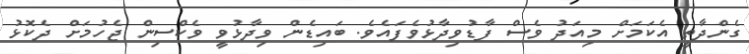
ގެންދާތީ އެކަމަށް މިއަދު ވެސް ފާޑުވިދާޅުވެފައެވެ. ބައިޑެން ވިދާޅުވީ ވެކްސިން ޖެހުމަށް ދެކޮޅު